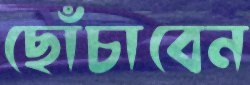
ছোঁচাবেন